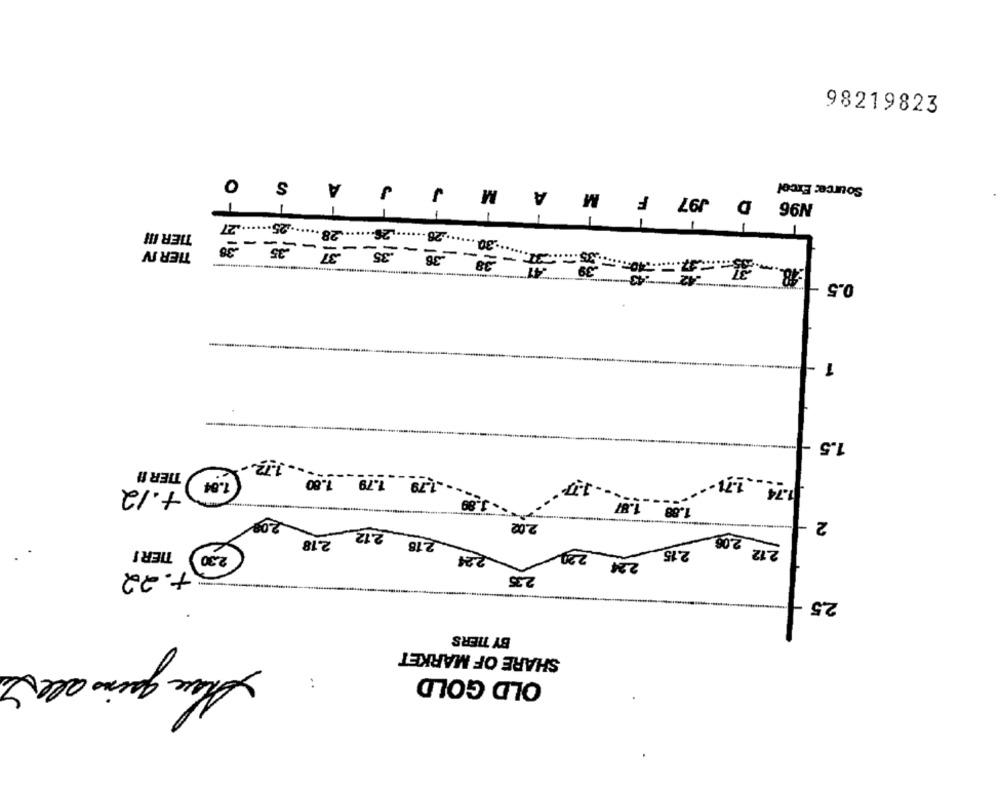
98219823
JAS O
Source: Excel
N96 D J97 F M A M J
1.26 26 28. 25.27
TIER III
TIER IV
2 ***--: 43 -----;
0.5
1
1.5
1.12
TIER !!
1.84
1.80
1.79
-- 1.79
+.12
1.74
1.88
2.02
2
2.18
2.08
2.18
TIER !
2.30
224
230
2.15
2.12
2.24
+. 22
2.35
2.5
.
BY TIERS
SHARE OF MARKET
Share gains all I
OLD GOLD
..